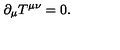
\partial _ { \mu } T ^ { \mu \nu } = 0 .